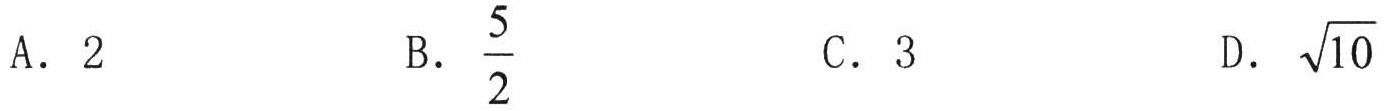
A. \(2\) \quad B. \(\dfrac{5}{2}\) \quad C. \(3\) \quad D. \(\sqrt{10}\)